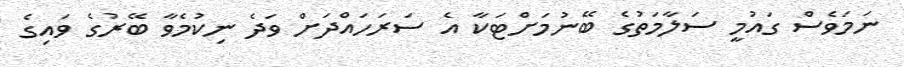
ނަމަވެސް ގައުމީ ސަލާމަތުގެ ބޭނުމަށްޓަކާ އެ ސަރަހައްދަށް ވަދެ ނިކުމެވާ ބޭރުގެ ވައިގެ